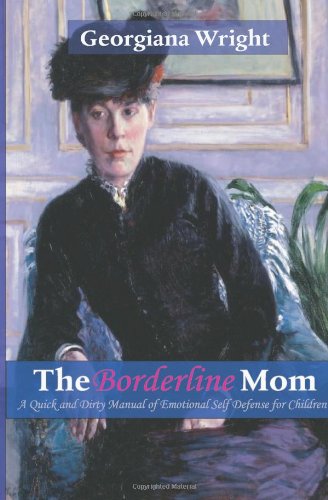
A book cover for Borderline Mom: A Quick & Dirty Manual of Emotional Self Defense for Children; Georgiana Wright; Health, Fitness & Dieting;